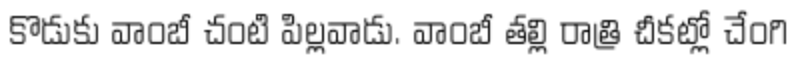
కొడుకు వాంబీ చంటి పిల్లవాడు. వాంబీ తల్లి రాత్రి చీకట్లో చేంగి